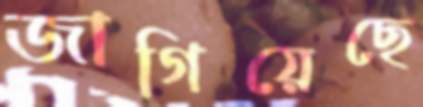
জাগিয়েছে